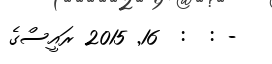
- :  :  16